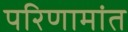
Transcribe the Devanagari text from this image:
परिणामांत